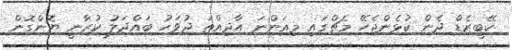
ކޭބީޒެޑް ދެން ކުޅެންޖެހޭ މެޗްގައި މިއަންނަ އާދިއްތަ ދުވަހު ބައްދަލު ކުރާނީ ޔޮންގޮން